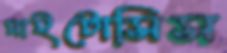
মাইটোসিস